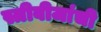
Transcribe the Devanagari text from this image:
स्त्रीबीजांची